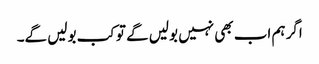
اگر ہم اب بھی نہیں بولیں گے تو کب بولیں گے۔